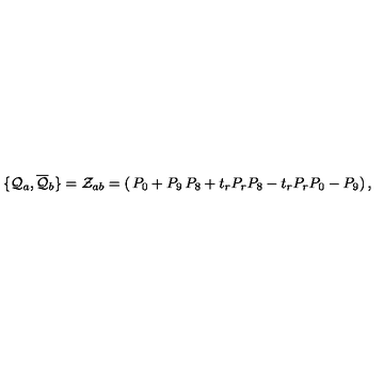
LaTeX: \{ { \cal { Q } } _ { a } , { \overline { { \cal { Q } } } } _ { b } \} = { \cal { Z } } _ { a b } = \left( \begin{matrix} { P _ { 0 } + P _ { 9 } } & { P _ { 8 } + t _ { r } P _ { r } } \\ { P _ { 8 } - t _ { r } P _ { r } } & { P _ { 0 } - P _ { 9 } } \\ \end{matrix} \right) ,